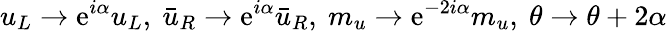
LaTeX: u_{L}\rightarrow\mathrm{e}^{i\alpha}u_{L},\ \bar{{u}}_{R}\rightarrow\mathrm{e}^{i\alpha}\bar{{u}}_{R},\ m_{u}\rightarrow\mathrm{e}^{-2i\alpha}m_{u},\ \theta\rightarrow\theta+2\alpha